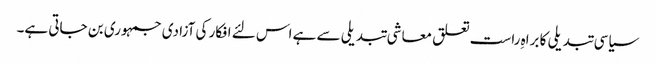
سیاسی تبدیلی کا براہِ راست تعلق معاشی تبدیلی سے ہے اس لئے افکار کی آزادی جمہوری بن جاتی ہے۔